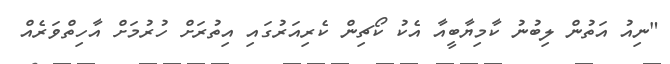
"ނިއު އަތުން ލިބުނު ކާމިޔާބީއާ އެކު ކޯޗިން ކެރިއަރުގައި އިތުރަށް ހުރުމަށް އާހިތްވަރެއް